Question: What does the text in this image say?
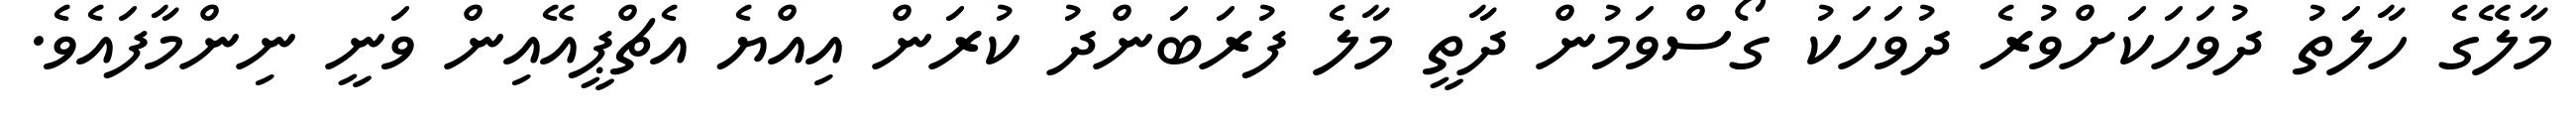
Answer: މާލޭގެ ހާލަތު ދުވަހަކަށްވުރެ ދުވަހަކު ގޯސްވަމުން ދާތީ މާލެ ފުރަބަންދު ކުރަން އިއްޔެ އެޗްޕީއޭއިން ވަނީ ނިންމާފައެވެ.